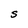
Character: S